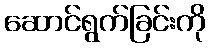
ဆောင်ရွက်ခြင်းကို